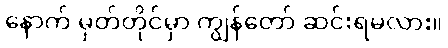
နောက် မှတ်တိုင်မှာ ကျွန်တော် ဆင်းရမလား။